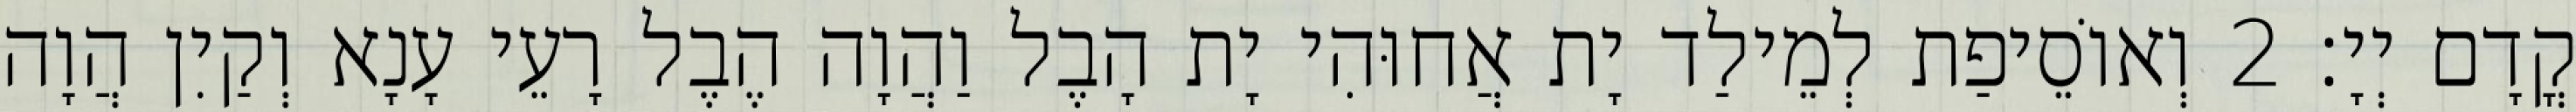
קֳדָם יְיָ׃ 2 וְאוֹסֵיפַת לְמֵילַד יָת אֲחוּהִי יָת הָבֶל וַהֲוָה הֶבֶל רָעֵי עָנָא וְקַיִן הֲוָה